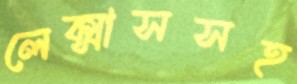
লেক্সাসসহ